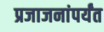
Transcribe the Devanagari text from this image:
प्रजाजनांपर्यंत